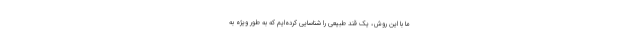
ما با این روش، یک قند طبیعی را شناسایی کرده‌ایم که به طور ویژه به